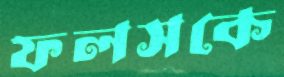
ফলসকে